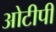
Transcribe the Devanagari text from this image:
ओटीपी